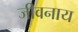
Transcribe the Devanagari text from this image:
जीवनाय